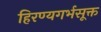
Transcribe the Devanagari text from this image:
हिरण्यगर्भसूक्त